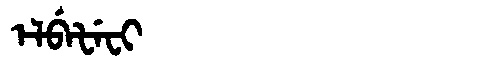
Manchu: ᡝᠯᠪᡝᡶᡝᠸᡳ
Romanization: ELBEFEFI